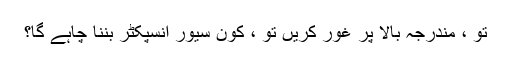
تو ، مندرجہ بالا پر غور کریں تو ، کون سیور انسپکٹر بننا چاہے گا؟